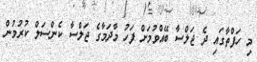
މި ހަފްތާގައި ދެ ޖަލްސާ ބޭއްވުމަށް ފަހު މާދަމާގެ ޖަލްސާ ކެންސަލް ކުރުމުން